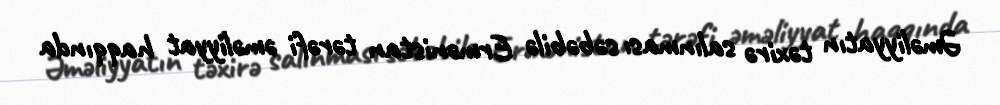
Əməliyyatın təxirə salınması səbəbilə Ermənistan tərəfi əməliyyat haqqında